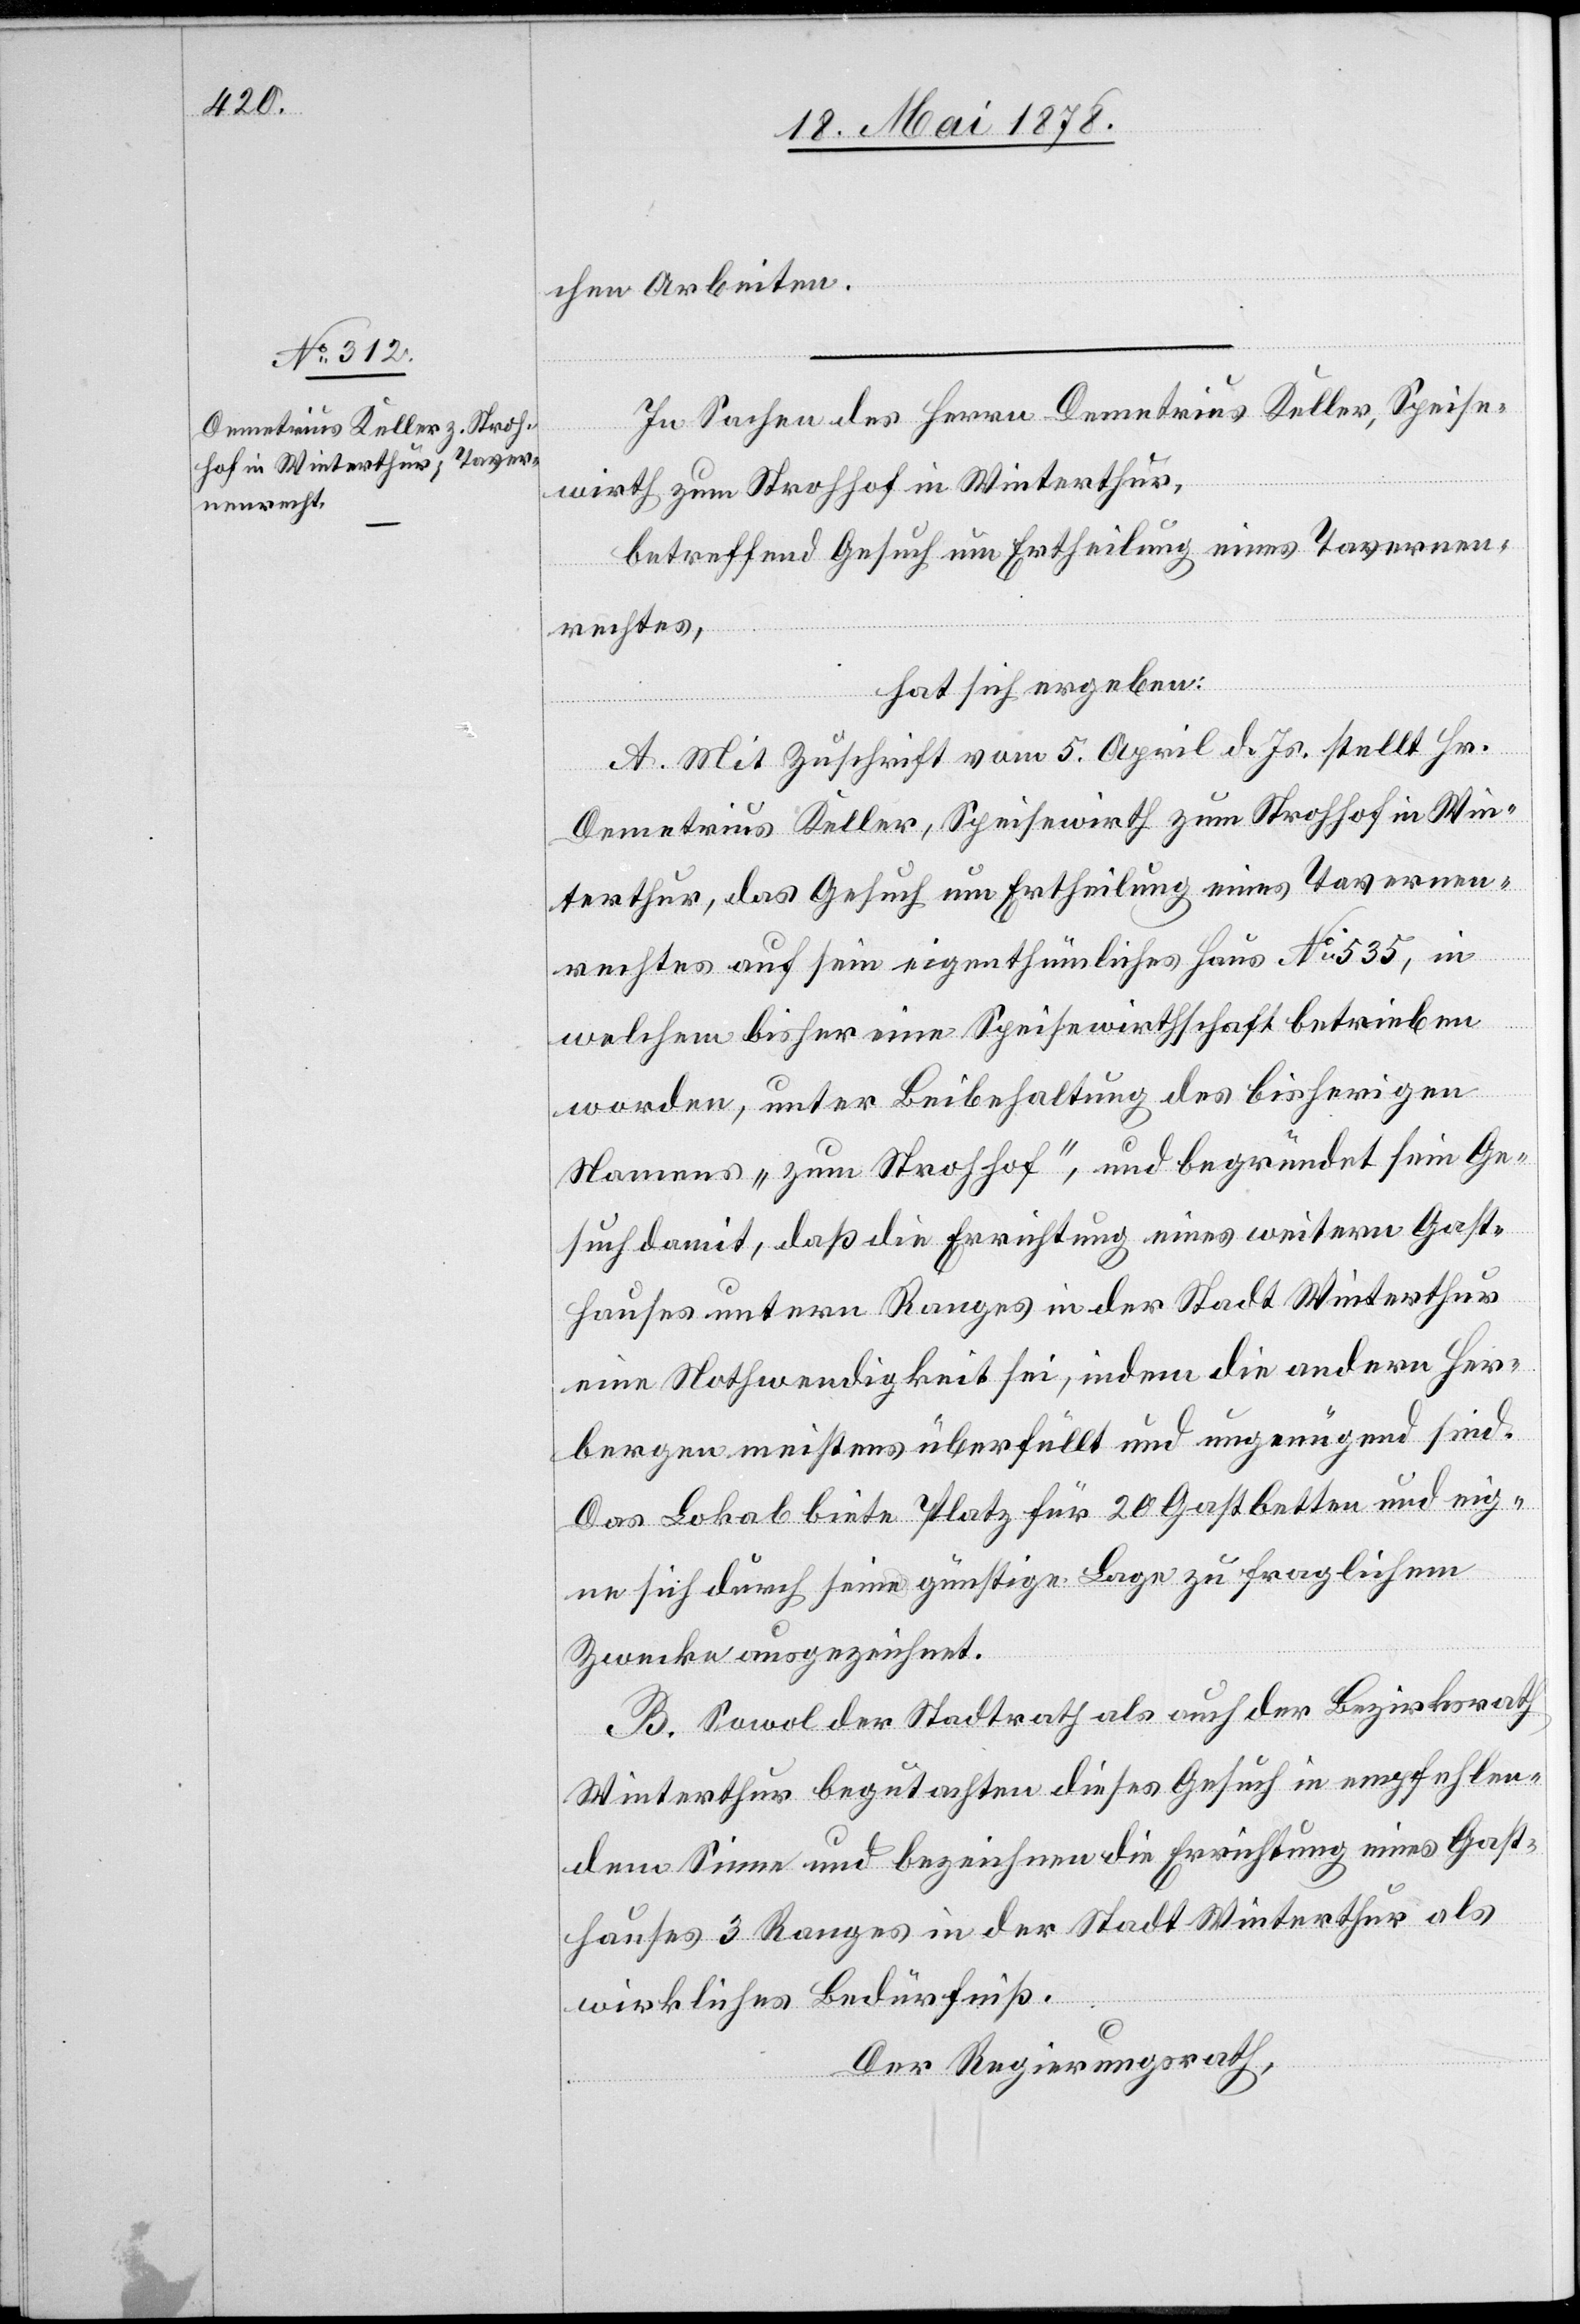
chen Arbeiten.
In Sachen des Herrn Demetrius Keller, Speise¬
wirth zum Strohhof in Winterthur,
betreffend Gesuch um Ertheilung eines Tavernen¬
rechtes,
hat sich ergeben:
A. Mit Zuschrift vom 5. April d. Js. stellt Hr.
Demetrius Keller, Speisewirth zum Strohhof in Win¬
terthur, das Gesuch um Ertheilung eines Tavernen¬
rechtes auf sein eigenthümliches Haus No 535, in
welchem bisher eine Speisewirthschaft betrieben
worden, unter Beibehaltung des bisherigen
Namens „zum Strohhof“, und begründet sein Ge¬
such damit, daß die Errichtung eines weitern Gast¬
hauses untern Ranges in der Stadt Winterthur
eine Nothwendigkeit sei, indem die andern Her¬
bergen meistens überfüllt und ungenügend sind.
Das Lokal biete Platz für 20 Gastbetten und eig¬
ne sich durch seine günstige Lage zu fraglichem
Zwecke ausgezeichnet.
B. Sowol der Stadtrath als auch der Bezirksrath
Winterthur begutachten dieses Gesuch in empfehlen¬
dem Sinne und bezeichnen die Errichtung eines Gast¬
hauses 3. Ranges in der Stadt Winterthur als
wirkliches Bedürfniß.
Der Regierungsrath,